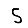
Digit: 5